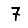
Digit: 7